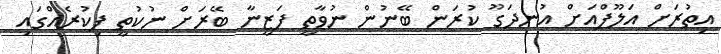
އިތުރަށް އަލޫފްއަށް އުނދަގޫ ކުރަން ބޭނުން ނުވާތީ ފަޒީނާ ބޭރަށް ނުކުތީ ފިކުރެއްގައި